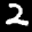
Label: 2